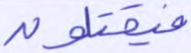
فيقتلون